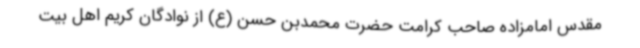
مقدس امامزاده صاحب کرامت حضرت محمدبن حسن (ع) از نوادگان کریم اهل بیت